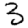
Digit: 3